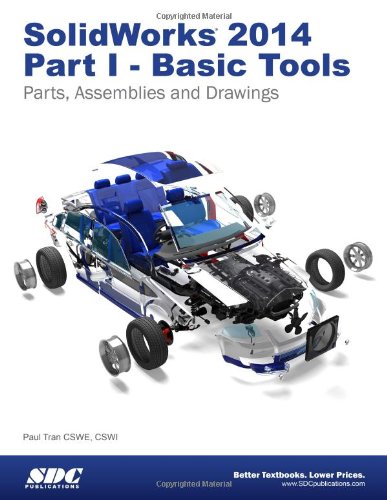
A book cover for SolidWorks 2014 Part I - Basic Tools; Paul Tran; Computers & Technology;